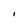
Character: i